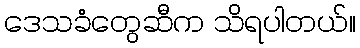
ဒေသခံတွေဆီက သိရပါတယ်။